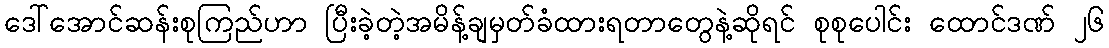
ဒေါ်အောင်ဆန်းစုကြည်ဟာ ပြီးခဲ့တဲ့အမိန့်ချမှတ်ခံထားရတာတွေနဲ့ဆိုရင် စုစုပေါင်း ထောင်ဒဏ် ၂၆